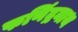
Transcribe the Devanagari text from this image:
फणिंद्रनाथ